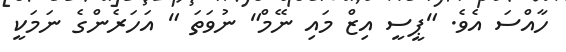
ހާއްސަ އެވެ. "ޕީސީ އިޒް މައި ނޭމް" ނުވަތަ " އަހަރެންގެ ނަމަކީ